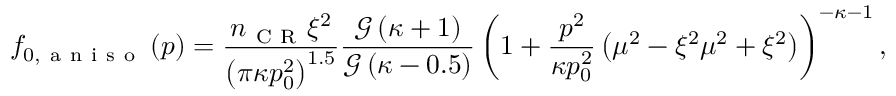
f _ { 0 , \mathrm { ~ a ~ n ~ i ~ s ~ o ~ } } \left( \boldsymbol { p } \right) = \frac { n _ { \mathrm { ~ C ~ R ~ } } \xi ^ { 2 } } { \left( \pi \kappa p _ { 0 } ^ { 2 } \right) ^ { 1 . 5 } } \frac { \mathcal { G } \left( \kappa + 1 \right) } { \mathcal { G } \left( \kappa - 0 . 5 \right) } \left( 1 + \frac { p ^ { 2 } } { \kappa p _ { 0 } ^ { 2 } } \left( \mu ^ { 2 } - \xi ^ { 2 } \mu ^ { 2 } + \xi ^ { 2 } \right) \right) ^ { - \kappa - 1 } ,